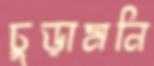
চুড়ামনি